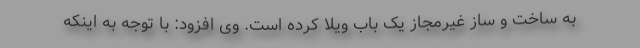
به ساخت و ساز غیرمجاز یک باب ویلا کرده است. وی افزود: با توجه به اینکه